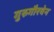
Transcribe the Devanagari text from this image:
गुरुगौरवेन